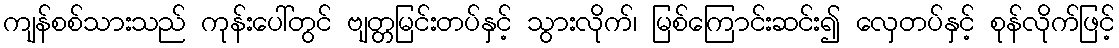
ကျန်စစ်သားသည် ကုန်းပေါ်တွင် ဗျတ္တမြင်းတပ်နှင့် သွားလိုက်၊ မြစ်ကြောင်းဆင်း၍ လှေတပ်နှင့် စုန်လိုက်ဖြင့်